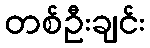
တစ်ဦးချင်း